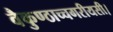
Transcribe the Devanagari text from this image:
वैकुण्ठाच्चगरीयसी।